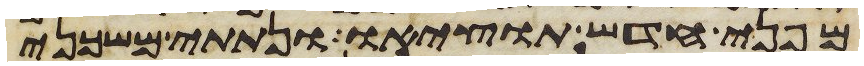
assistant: מפני חדש תוציאו ונתתי משכני